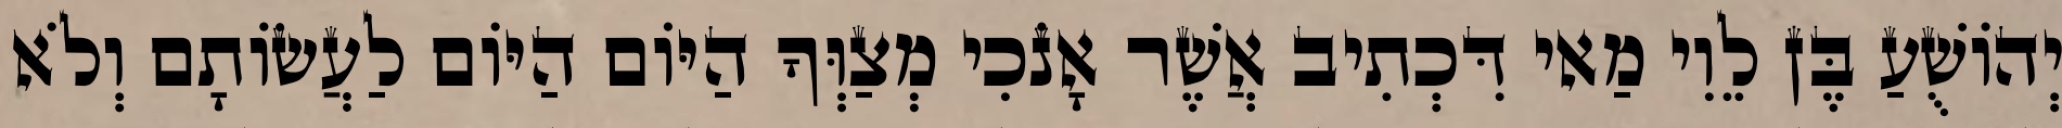
יְהוֹשֻׁעַ בֶּן לֵוִי מַאי דִּכְתִיב אֲשֶׁר אָנֹכִי מְצַוְּךָ הַיּוֹם הַיּוֹם לַעֲשׂוֹתָם וְלֹא